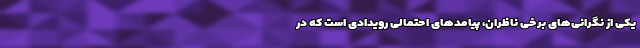
یکی از نگرانی‌های برخی ناظران، پیامدهای احتمالی رویدادی است که در